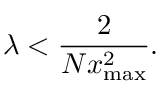
\lambda < \frac { 2 } { N x _ { \mathrm { m a x } } ^ { 2 } } .